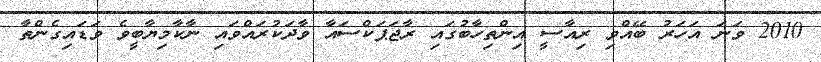
2010 ވަނަ އަހަރު ބޭއްވި ރިއާސީ އިންތިހާބުގައި ރާޖަޕަކްސައާ ވާދަކުރައްވައި ނާކާމިޔާބީވެ ވަޑައިގެންތާ